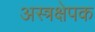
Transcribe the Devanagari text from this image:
अस्त्रक्षेपक